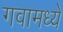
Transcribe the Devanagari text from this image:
गवामध्ये